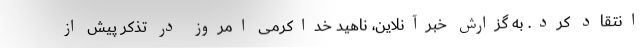
انتقاد کرد. به گزارش خبرآنلاین، ناهید خداکرمی امروز در تذکر پیش از